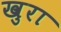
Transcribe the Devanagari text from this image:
खुरा